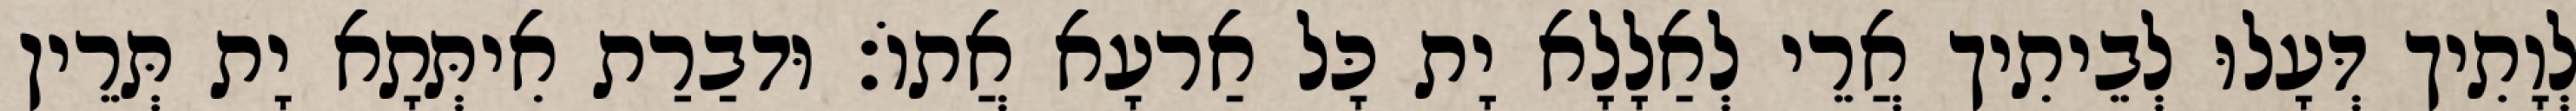
לְוָתִיך דְּעָלוּ לְבֵיתִיך אֲרֵי לְאַלָלָא יָת כָּל אַרעָא אֲתוֹ׃ וּדבַרַת אִיתְּתָא יָת תְּרֵין